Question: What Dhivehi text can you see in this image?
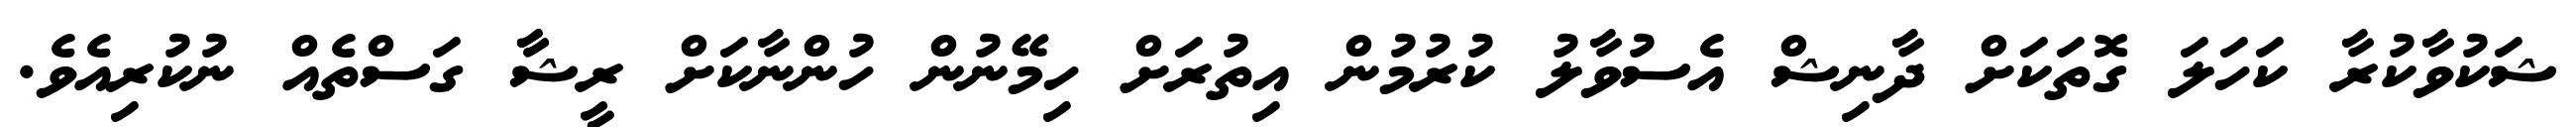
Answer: ޝަކުވާކުރާ ކަހަލަ ގޮތަކަށް ދާނިޝް އެސުވާލު ކުރުމުން އިތުރަށް ހިމޭނުން ހުންނާކަށް ރީޝާާ ގަސްތެއް ނުކުރިއެވެ.